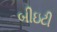
બીઇટી